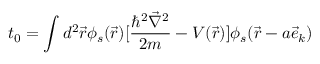
t _ { 0 } = \int d ^ { 2 } \vec { r } \phi _ { s } ( \vec { r } ) [ \frac { \hbar ^ { 2 } \vec { \nabla } ^ { 2 } } { 2 m } - V ( \vec { r } ) ] \phi _ { s } ( \vec { r } - a \vec { e } _ { k } )